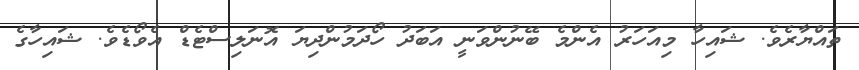
ތައްޔާރެވެ. ޝައިހާ މިއަހަރު އެންމެ ބޭނުންވަނީ އަބަދު ހޯދަމުންދިޔަ އޮނަލިސްޓެޑް އެވޯޑެވެ. ޝައިހާގެ